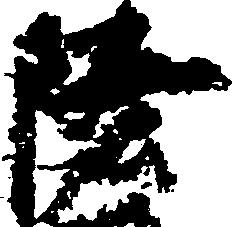
陸